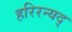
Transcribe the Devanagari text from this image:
हरिरन्यद्